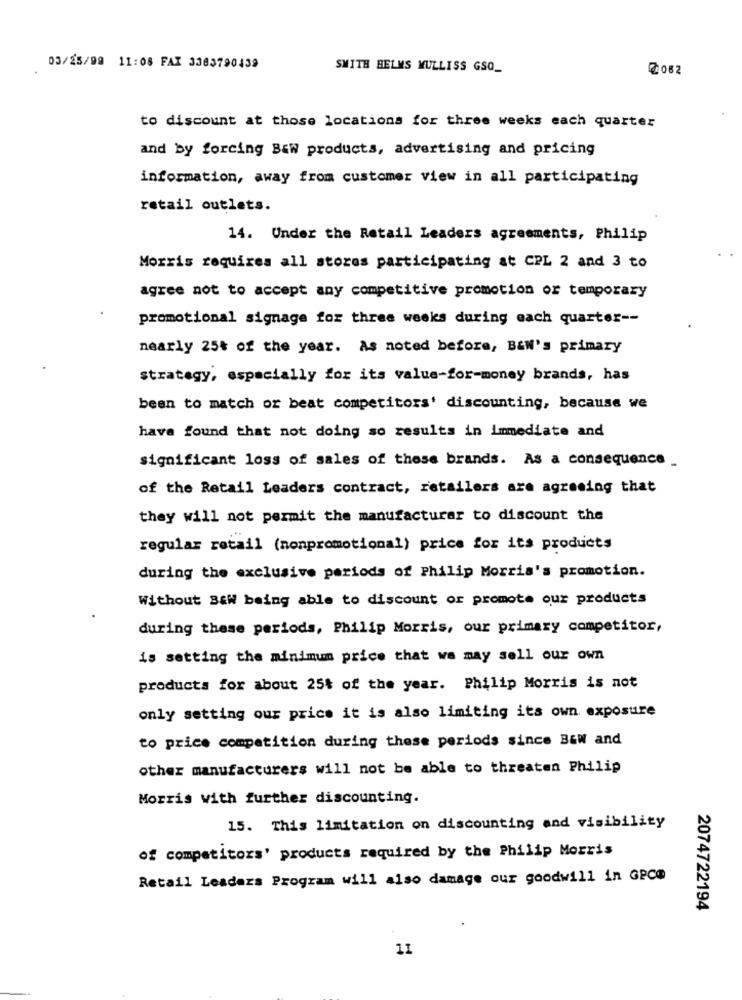
03/25/98 11:08 FAX 3383790439
SMITH BELMS MULLISS GSQ_
Z062
to discount at those locations for three weeks each quarter
and by forcing Baw products, advertising and pricing
information, away from customer view in all participating
retail outlets.
14. Under the Retail Leaders agreements, Philip
Morris requires all stores participating at CPL 2 and 3 to
agree not to accept any competitive promotion or temporary
promotional signage for three weeks during each quarter --
nearly 25% of the year. As noted before, BEW's primary
strategy, especially for its value-for-money brands, has
been to match or beat competitors' discounting, because we
have found that not doing so results in immediate and
significant loss of sales of these brands. As a consequence _
of the Retail Leaders contract, retailers are agreeing that
they will not permit the manufacturar to discount the
regular retail (nonpromotional) price for its products
during the exclusive periods of Philip Morris's promotion.
Without B&W being able to discount or promote our products
during these periods, Philip Morris, our primary competitor,
is setting the minimum price that we may sell our own
products for about 25% of the year. Philip Morris is not
only setting our price it is also limiting its own exposure
to price competition during these periods since BEW and
other manufacturers will not be able to threaten Philip
Morris with further discounting.
15. This limitation on discounting and visibility
of competitors' products required by the Philip Morris
Retail Leaders Program will also damage our goodwill in GPC@
2074722194
11